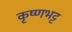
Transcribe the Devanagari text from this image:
कृष्णभट्ट